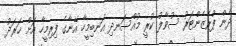
ދެން ޕްރެޒެންޓަރު ސުވާލު ކުރީ މުއްސަނދި އަނބިމީހާ އޭނާގެ ފިރިމީހާ އަށް ޚަރަދު